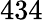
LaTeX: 434